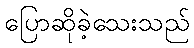
ပြောဆိုခဲ့သေးသည်